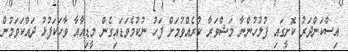
އިސްކަންދަރު ކޮށީގައި ފުލުހުންނާ މަޝްވަރާ ކުރެއްވުމަށް ފަހު ނުކުމެވަޑައިގެން މީޑިއާއާ ވާހަކަފުޅު ދައްކަވަމުން